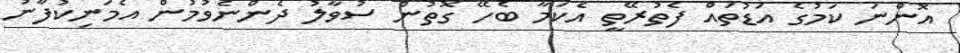
އޮންނަ ކަމުގެ އަޑުތައް ފެތުރޭތީ އެކަމާ ބެހޭ ގޮތުން ސުވާލު ދެންނެވުމުން އެމަނިކުފާނު